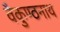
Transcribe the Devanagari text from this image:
वैकुण्ठनाथ